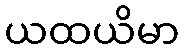
ယထယိမာ